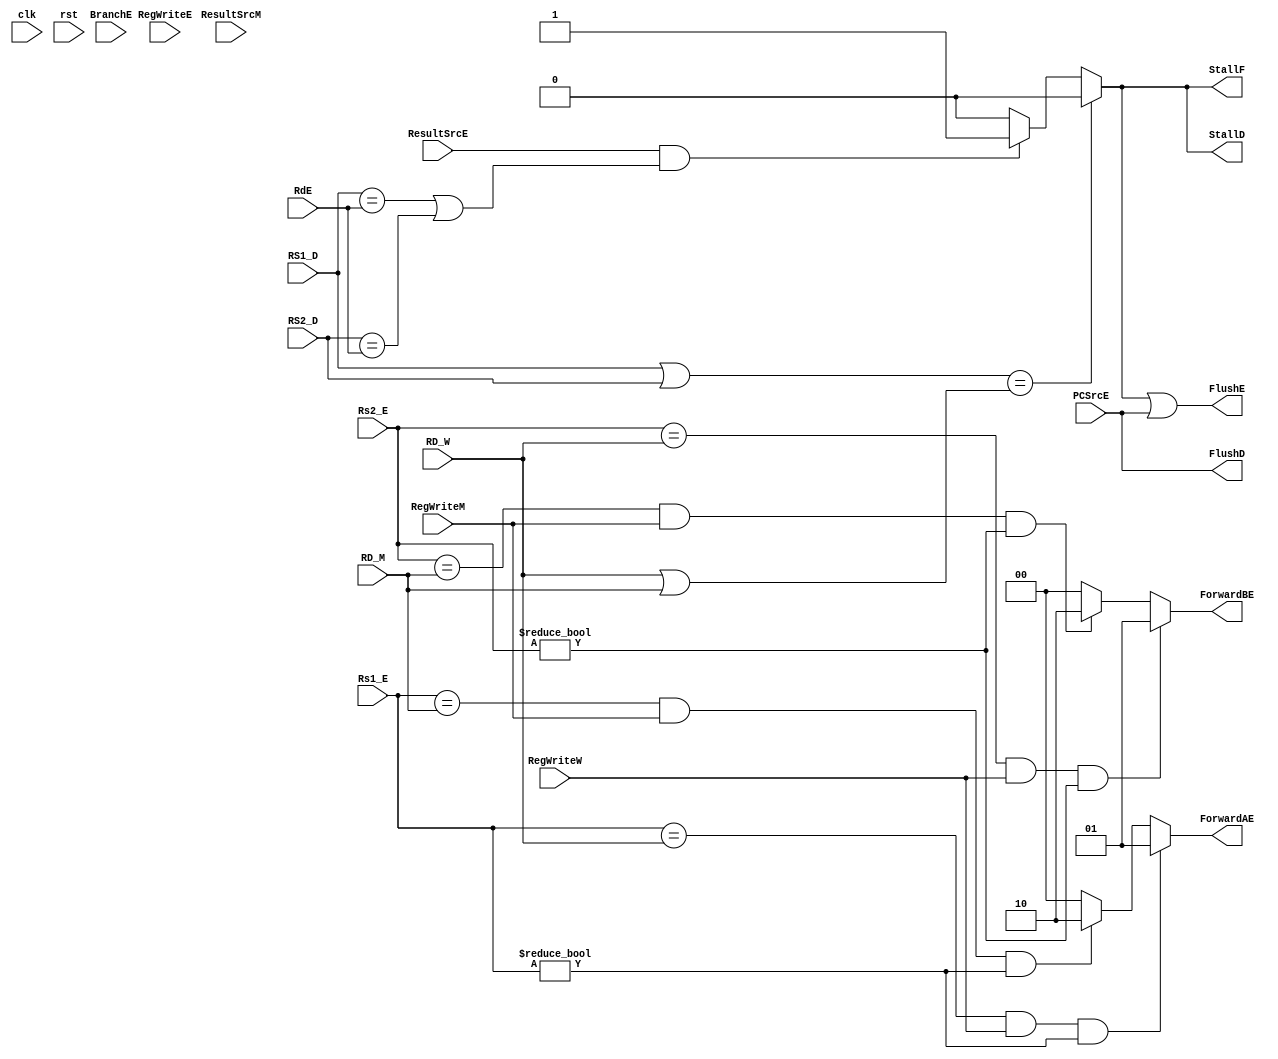
`timescale 1ns/1ns

module hazard_unit (
    input clk, rst,
    input      [4:0] Rs1_E,
    input      [4:0] Rs2_E,
    input      [4:0] RD_M,
    input      [4:0] RD_W,
    input      [4:0] RS1_D,
    input      [4:0] RS2_D,
    input      [4:0] RdE,
    input            BranchE,
    
    input            ResultSrcE,
    input            ResultSrcM,
    input            RegWriteE,
    input            RegWriteM,
    input            RegWriteW,
    input            PCSrcE,
    
    output /*reg*/       StallF,
    output /*reg*/       StallD,
    output        FlushE,
    output        FlushD,
    output reg [1:0] ForwardAE,
    output reg [1:0] ForwardBE
    );
    wire lwStall, branchStall;
    
    reg [1:0] stallCount;

//        always @ (*) begin
//              if ( (RS1_D | RS2_D) == (RD_W | RD_M) ) begin
//                    lwStall = 1'b0;
//              end
//              else begin
//                    lwStall <= (ResultSrcE & ((RS1_D == RdE) | (RS2_D == RdE))) ? 1'b1 : 1'b0;
//              end
//              StallD  <= lwStall;
//              StallF  <= lwStall;
//              FlushE  <= lwStall  | (PCSrcE == 1'b1) ; 
//              FlushD  <= PCSrcE == 1'b1;
//        end
    
    
    assign branchStall = BranchE &( ( RegWriteE & ( RdE == RS1_D | RdE == RS2_D ) ) |
                                    ( ResultSrcM & ( RD_M == RS1_D | RD_M == RS2_D ) ) );
    
    assign lwStall  = ( ((RS1_D | RS2_D) == ( RD_W | RD_M) ) ) ? 1'b0 : (ResultSrcE & ((RS1_D == RdE) | (RS2_D == RdE))) ? 1'b1 : 1'b0 ;
    
    assign StallF = lwStall;
    assign StallD = lwStall;
    assign FlushD = /*lwStall*/ PCSrcE;    
    assign FlushE = lwStall | PCSrcE;

    
    
    
    always @(*) begin
        if ( ( ((Rs1_E == RD_W) & RegWriteW) & (Rs1_E != 0) ) /*| lwStall == 1'b1 */) begin
                ForwardAE = 2'b01;
        end
        else if ( (((Rs1_E == RD_M) & RegWriteM) & (Rs1_E != 0) ) /*& lwStall == 1'b1*/ ) begin
            ForwardAE = 2'b10;
        end
        else begin
            ForwardAE = 2'b00;
        end        
        
        if ( ((Rs2_E == RD_W) & RegWriteW) & (Rs2_E != 0) ) begin
                        ForwardBE = 2'b01;
        end
        else if (((Rs2_E == RD_M) & RegWriteM) & (Rs2_E != 0) ) begin
                    ForwardBE = 2'b10;
        end
        else begin
                    ForwardBE = 2'b00;
         end
    end    
    

endmodule